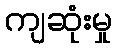
ကျဆုံးမှု